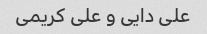
علی دایی و علی کریمی